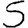
Digit: 5